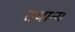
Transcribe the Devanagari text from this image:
तथान्य